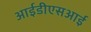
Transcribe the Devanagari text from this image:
आईडीएसआई